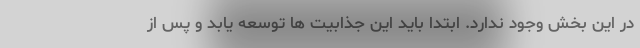
در این بخش وجود ندارد. ابتدا باید این جذابیت ها توسعه یابد و پس از